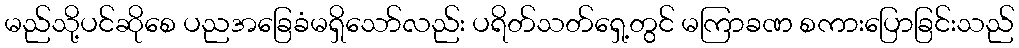
မည်သို့ပင်ဆိုစေ ပညအခြေခံမရှိသော်လည်း ပရိတ်သတ်ရှေ့တွင် မကြာခဏ စကားပြောခြင်းသည်